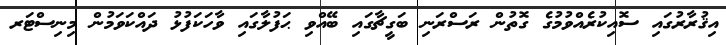
އިޤުރާރުގައި ސޮއިކުރެއްވުމުގެ ގޮތުން ރަސްރަނި ބަގީޗާގައި ބޭއްވި ޙަފުލާގައި ވާހަކަފުޅު ދައްކަވަމުން މިނިސްޓަރ